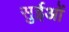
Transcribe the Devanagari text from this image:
सुईओं